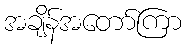
အချိန်အတော်ကြာ